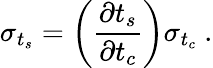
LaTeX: \sigma_{t_{s}}=\bigg(\frac{\partial t_{s}}{\partial t_{c}}\bigg)\sigma_{t_{c}}~.